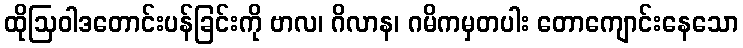
ထိုဩဝါဒတောင်းပန်ခြင်းကို ဗာလ၊ ဂိလာန၊ ဂမိကမှတပါး တောကျောင်းနေသော